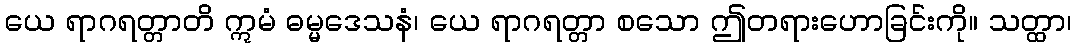
ယေ ရာဂရတ္တာတိ ဣမံ ဓမ္မဒေသနံ၊ ယေ ရာဂရတ္တာ စသော ဤတရားဟောခြင်းကို။ သတ္ထာ၊